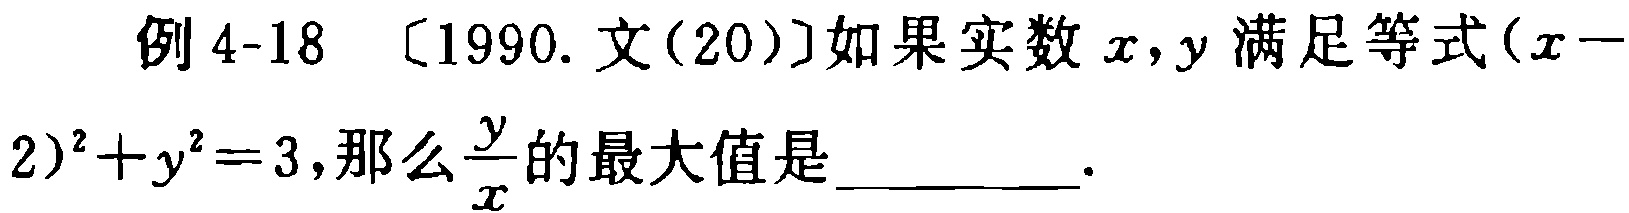
例 4-18 〔1990. 文(20)〕如果实数\(x,y\)满足等式\((x - 2)^2 + y^2 = 3\)，那么\(\frac{y}{x}\)的最大值是_________.